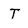
Character: T